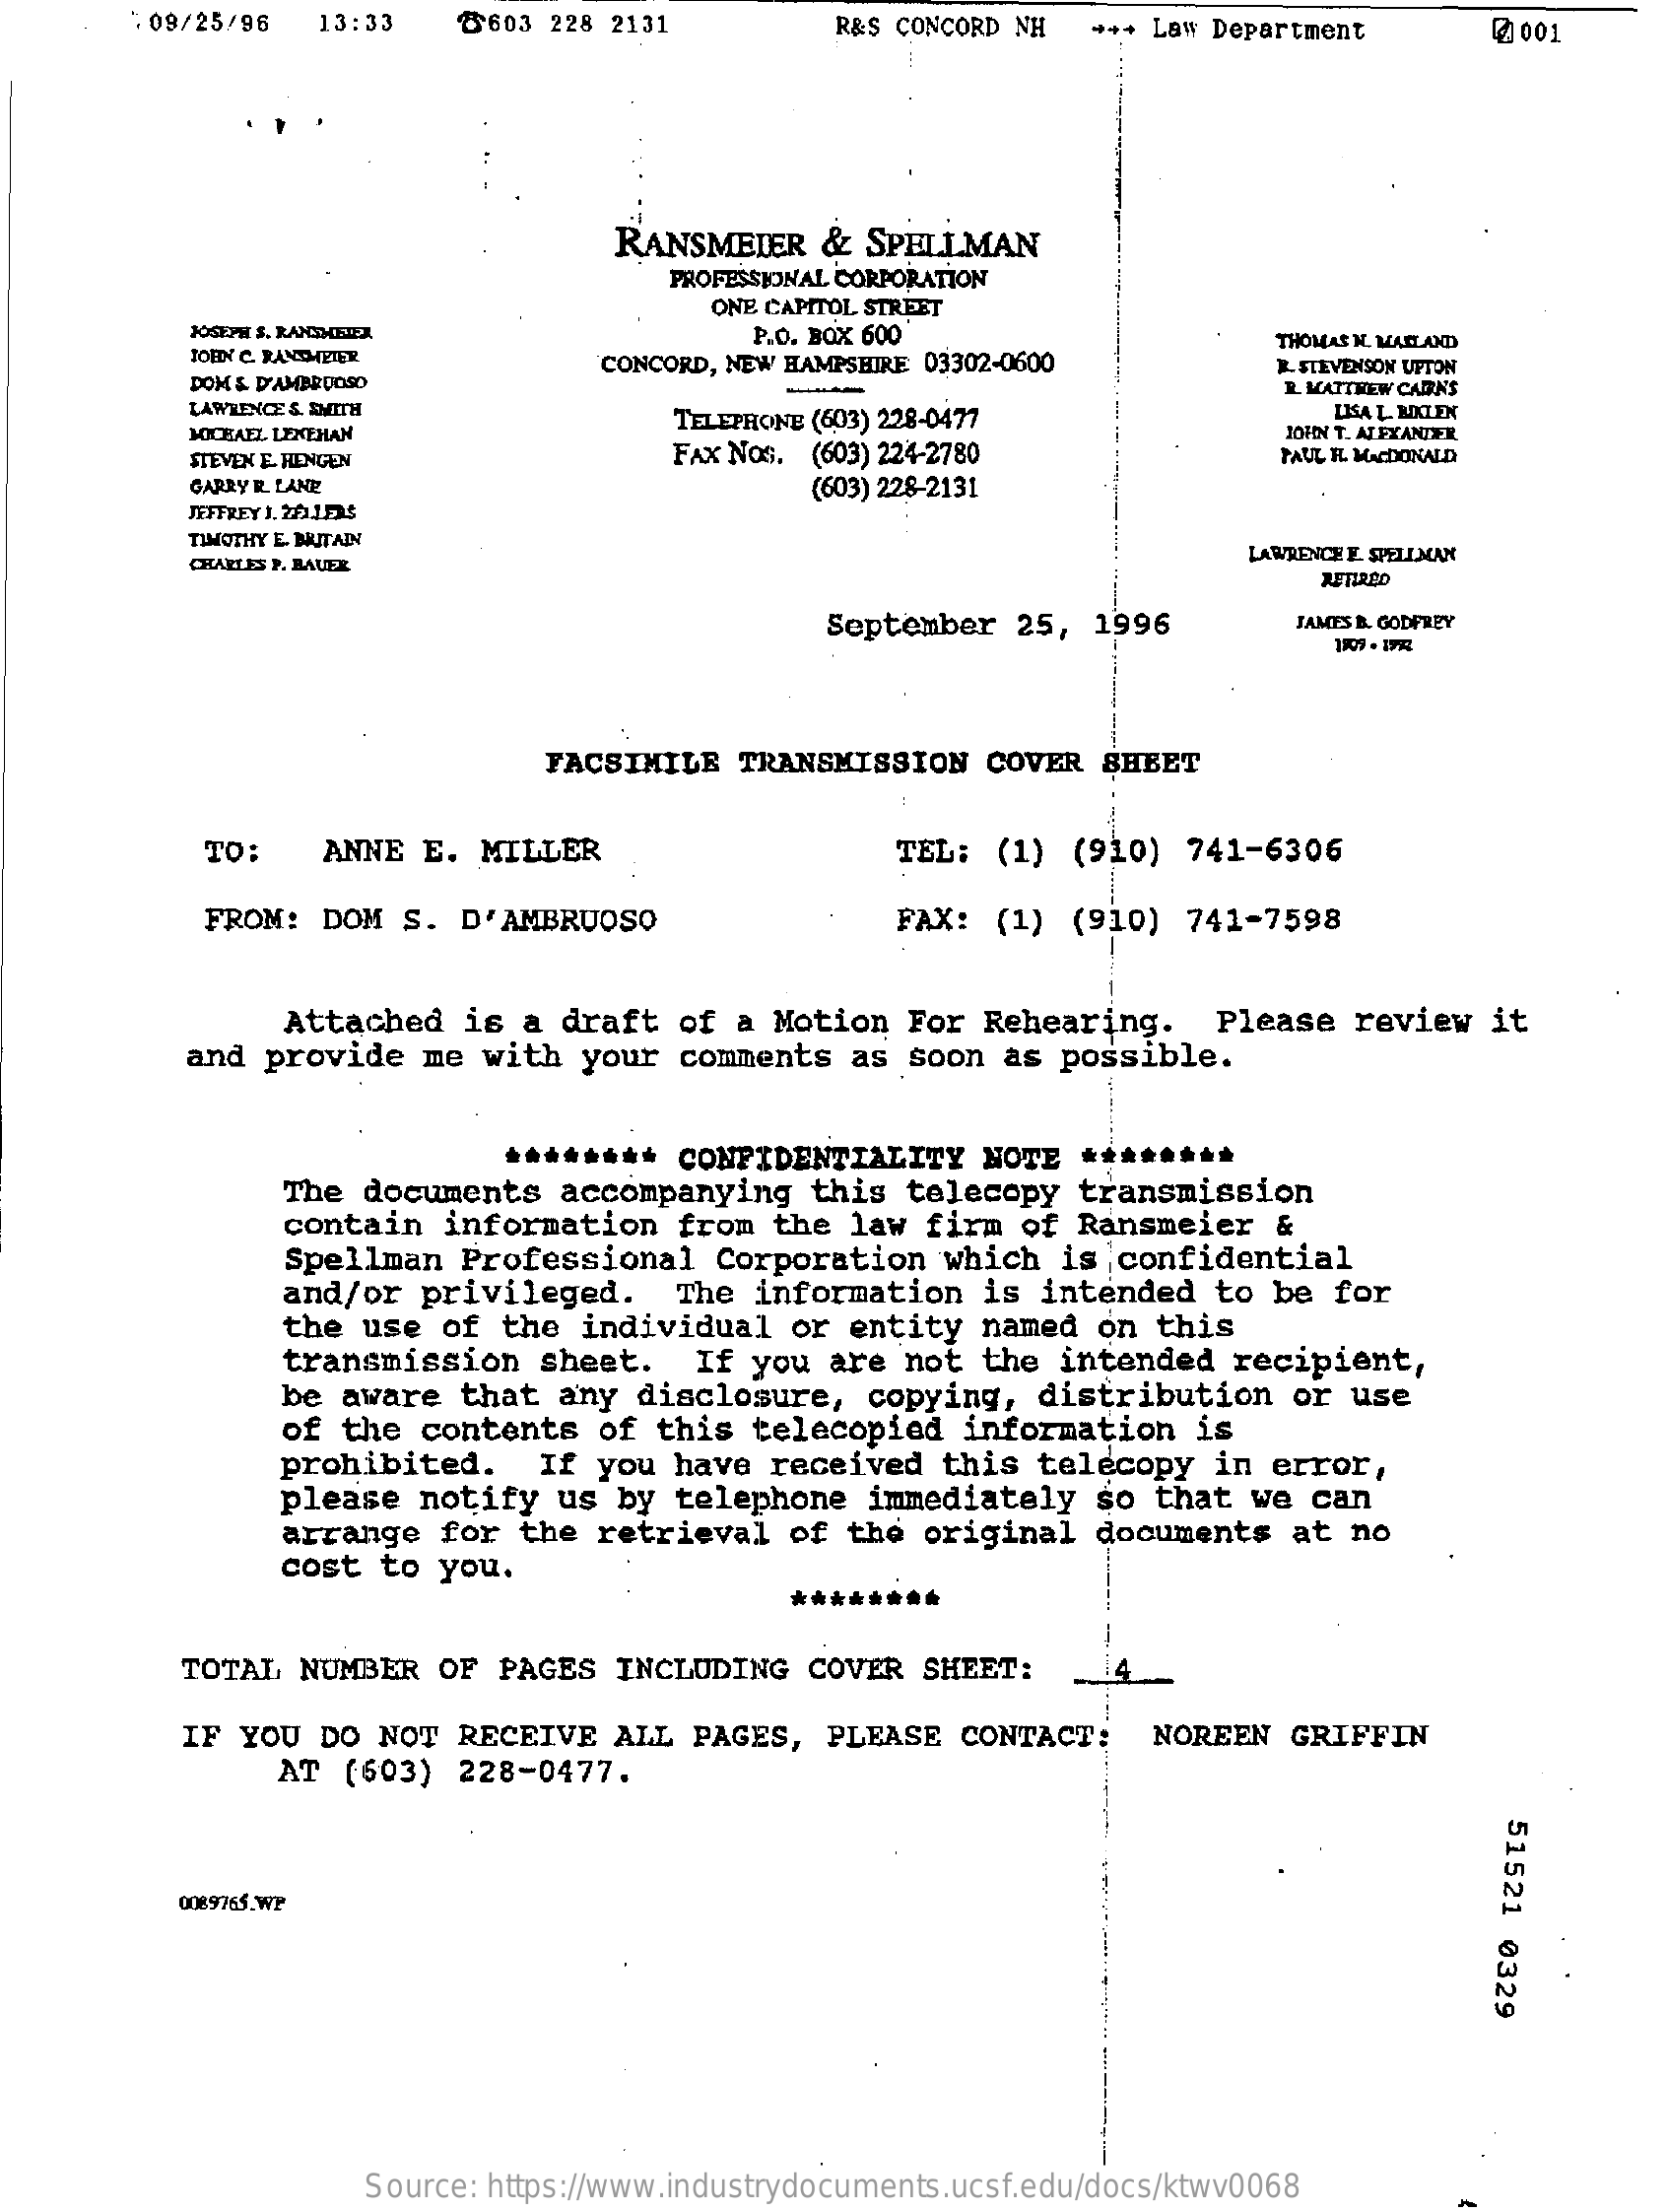
:09/25/96  13:33    8603  228 2131    R&S CONCORD NH  +++ Law Department    @001
     RANSMEIER    &  SPELLMAN
     PROFESSIONAL CORPORATION
     ONE CAPITOL STREET
     JOSEPH S. RANIMEIEX
     JOHN C. RAMTMETER
     P.O. BOX 600
     DOM & D'AMBE DOSO
     CONCORD, NEW HAMPSHIRE 03302-0600
     THOMAS H. MASLAND
     R. STEVENSON UPTON
     LAWRENCE S. SMITH
     1. MATTHEW CADA'S
     MICHAEL LENTHAN
     TELEPHONE (603) 228-0477    LISA L. BUXL.EX
     STEVEN E. HINGEN    FAX Nos. (603) 224-2780
     JOHN T. ALEXANDER
     PAUL H. MACDONALD
     GARRY R. LANE    (603) 228-2131
     JEFFREY 1. 201153
     TIMOTHY E. BUITALY
     CHARLES P. RAUER
     LAWRENCE E. SPELLMAN
     RETIRED
     September   25,  1996    JAMES B. GODFREY
     1109 - 192
     FACSIMILE   TRANSMISSION   COVER   SHEET
     TO:    ANNE   E. MILLER    TEL:  (1)  (910)  741-6306
     FROM:  DOM  S.  D'AMBRUOSO    FAX:  (1)  (910)  741-7598
     Attached   is  a draft   of  a Motion  For  Rehearing.    Please  review   it
     and  provide   me with   your  comments   as  soon as  possible.
     **** CONFIDENTIALITY    NOTE  ********
     The  documents   accompanying    this  telecopy   transmission
     contain   information    from  the  law  firm  of Ransmeier    &
     Spellman   Professional    Corporation    which  is  confidential
     and/or   privileged.    The  information   is  intended   to be  for
     the  use  of  the  individual   or  entity  named  on  this
     transmission    sheet.    If  you are  not  the  intended   recipient,
     be aware   that  any  disclosure,    copying,   distribution    or use
     of  the contents    of  this  telecopied   information    is
     prohibited.    If  you  have  received   this  telecopy   in error,
     please  notify   us  by  telephone   immediately   so  that  we  can
     arrange   for  the  retrieval   of  the original   documents    at no
     cost  to  you.
     *******  *
     TOTAL  NUMBER   OF PAGES   INCLUDING   COVER  SHEET:    14
     IF YOU  DO  NOT  RECEIVE   ALL  PAGES,  PLEASE   CONTACT:    NOREEN   GRIFFIN
     AT  (603)  228-0477.
     51521
     0329
     0089765.WP
     Source: https://www.industrydocuments.ucsf.edu/docs/ktwv0068